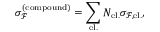
\sigma _ { \mathcal { F } } ^ { ( \mathrm { c o m p o u n d } ) } = \sum _ { \mathrm { e l . } } N _ { \mathrm { e l . } } \sigma _ { \mathcal { F } , \mathrm { e l . } } ,